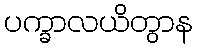
ပက္ခာလယိတွာန